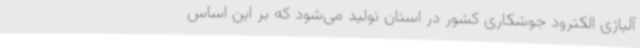
آلیاژی الکترود جوشکاری کشور در استان تولید می‌شود که بر این اساس